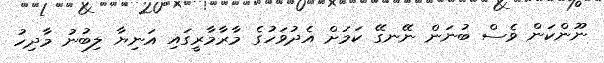
ނޫންކަން ވެސް ބުނަން ނޭނގޭ ކަމަށް އެދުވަހުގެ މާރާމާރީގައި އަނިޔާ ލިބުނު މާދިހު